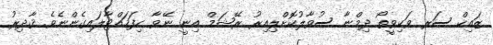
ޒައިކް ސަރ ވަކިވީތޯ ދިމްނާ ސުވާލުކޮށްލިއިރު ރޭޝަމް އިނީ ނޭވާ ހިފަހައްޓާލައިގެންނެވެ. ޤާދިރު